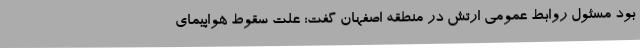
بود مسئول روابط عمومی ارتش در منطقه اصفهان گفت: علت سقوط هواپیمای